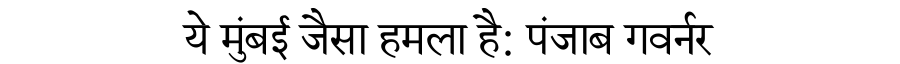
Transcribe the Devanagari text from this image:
ये मुंबई जैसा हमला है: पंजाब गवर्नर